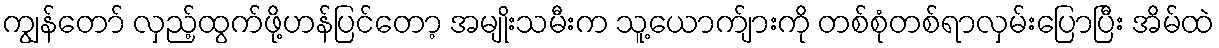
ကျွန်တော် လှည့်ထွက်ဖို့ဟန်ပြင်တော့ အမျိုးသမီးက သူ့ယောက်ျားကို တစ်စုံတစ်ရာလှမ်းပြောပြီး အိမ်ထဲ